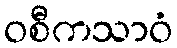
ဝစီကသာဝံ